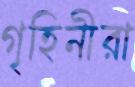
গৃহিনীরা